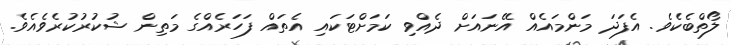
ލޯތްބެކެވެ. އެފަދަ މަންމައެއް އޭނައަށް ދެއްވި ކަމަށްޓަކައި އެތައް ފަހަރެއްގެ މަތިން ޝުކުރުކުރެވެއެވެ.